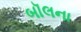
બૉલના